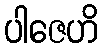
ပါဇေဟိ